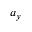
a _ { y }